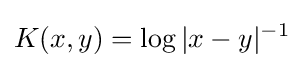
K(x,y)=\log |x-y|^{-1}